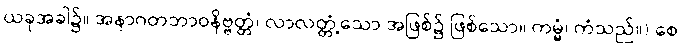
ယခုအခါ၌။ အနာဂတဘာဝနိဗ္ဗတ္တံ၊ လာလတ္တံ့သော အဖြစ်၌ ဖြစ်သော။ ကမ္မံ၊ ကံသည်။) စေ